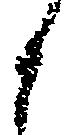
と